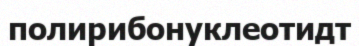
полирибонуклеотидт